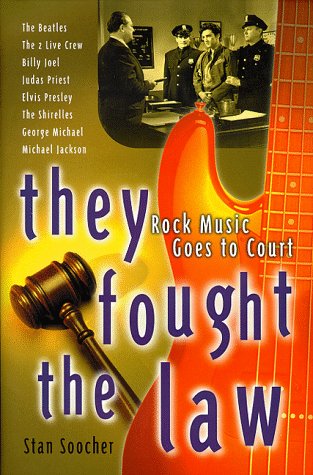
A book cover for They Fought the Law : Rock Music Goes to Court; Stan Soocher; Law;